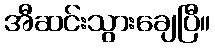
အီဆင်းသွားချေပြီ။